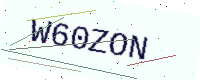
Text: W60ZON